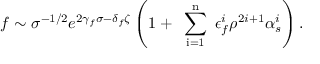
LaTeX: f \sim \sigma ^ { - 1 / 2 } e ^ { 2 \gamma _ { f } \sigma - \delta _ { f } \zeta } \left( 1 + \mathrm { ~ \sum _ { i = 1 } ^ { n } ~ } \epsilon _ { f } ^ { i } \rho ^ { 2 i + 1 } \alpha _ { s } ^ { i } \right) .